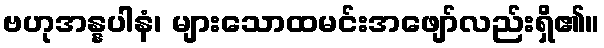
ဗဟုအန္နပါနံ၊ များသောထမင်းအဖျော်လည်းရှိ၏။